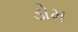
ડોમ